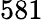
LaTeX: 581